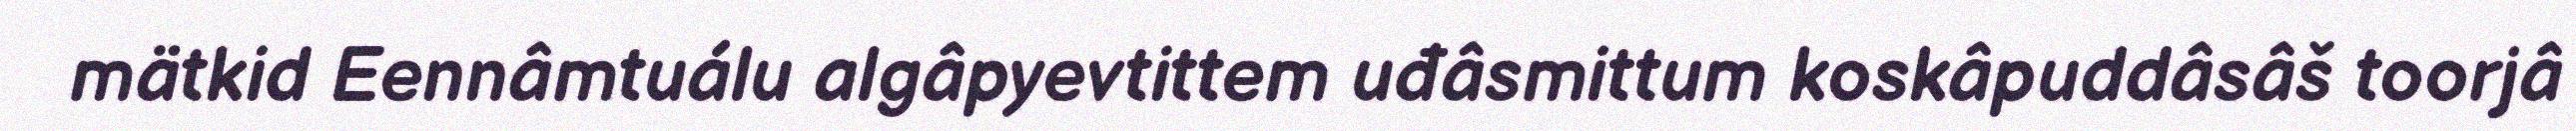
mätkid Eennâmtuálu algâpyevtittem uđâsmittum koskâpuddâsâš toorjâ